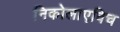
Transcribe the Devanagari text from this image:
निकोलाएविच